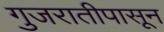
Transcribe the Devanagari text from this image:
गुजरातीपासून